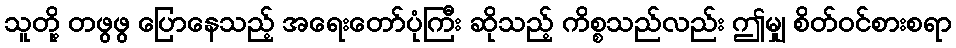
သူတို့ တဖွဖွ ပြောနေသည့် အရေးတော်ပုံကြီး ဆိုသည့် ကိစ္စသည်လည်း ဤမျှ စိတ်ဝင်စားစရာ